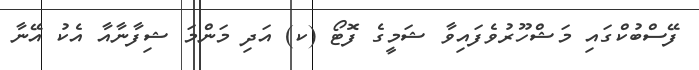
ފޭސްބުކްގައި މަޝްހޫރުވެފައިވާ ޝަމީގެ ފޮޓޯ (ކ) އަދި މަންމަ ޝިފާނާއާ އެކު އޭނާ